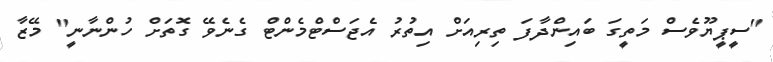
"ސީޕީޔޫވެސް މަތީގަ ބައިންދާފަ ތިރިއަށް އިތުރު އެޖަސްޓްމެންޓް ގެނެވޭ ގޮތަށް ހުންނާނީ" މޭޒާ